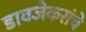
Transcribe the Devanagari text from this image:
डावजेकरांचे